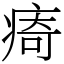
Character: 㾨